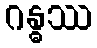
ဂန္ဓဿ